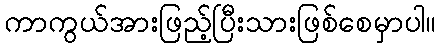
ကာကွယ်အားဖြည့်ပြီးသားဖြစ်စေမှာပါ။